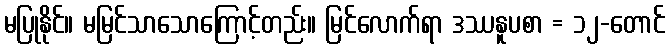
မပြုနိုင်။ မမြင်သာသောကြောင့်တည်း။ မြင်လောက်ရာ ဒဿနူပစာ = ၁၂-တောင်